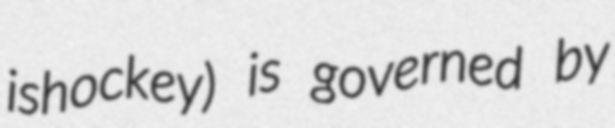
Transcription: ishockey) is governed by